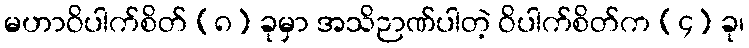
မဟာဝိပါက်စိတ် (၈) ခုမှာ အသိဉာဏ်ပါတဲ့ ဝိပါက်စိတ်က (၄) ခု၊